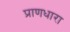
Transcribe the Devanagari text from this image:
प्राणधारा